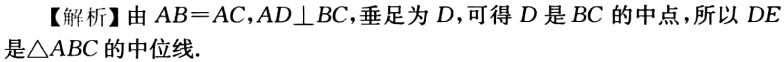
【解析】由 \(AB = AC,AD\perp BC\)，垂足为 \(D\)，可得 \(D\) 是 \(BC\) 的中点，所以 \(DE\) 是\(\triangle ABC\) 的中位线.